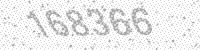
Solution: 168366